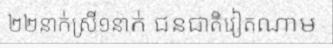
២២នាក់ស្រី១នាក់ ជនជាតិវៀតណាម